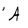
Character: A